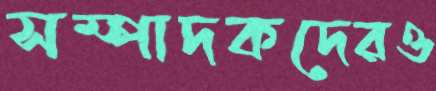
সম্পাদকদেরও